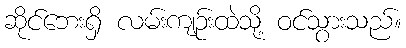
ဆိုင်ဘေးရှိ လမ်းကျဉ်းထဲသို့ ဝင်သွားသည်။